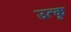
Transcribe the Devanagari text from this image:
उत्कृ